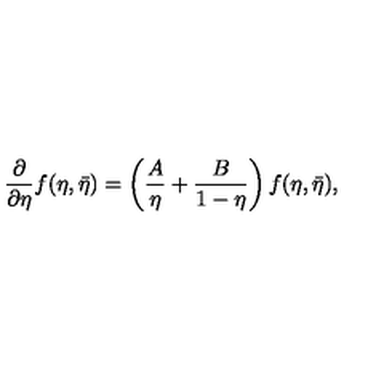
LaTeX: \frac { \partial } { \partial \eta } f ( \eta , \bar { \eta } ) = \left( \frac { A } { \eta } + \frac { B } { 1 - \eta } \right) f ( \eta , \bar { \eta } ) ,